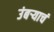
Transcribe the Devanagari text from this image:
उंबऱ्याचं